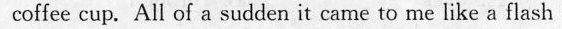
coffee cup.All of a sucden i: cs me to me like s flaeh